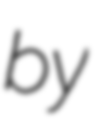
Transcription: by